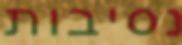
נסיבות